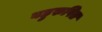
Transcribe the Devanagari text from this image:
बहुरुपित